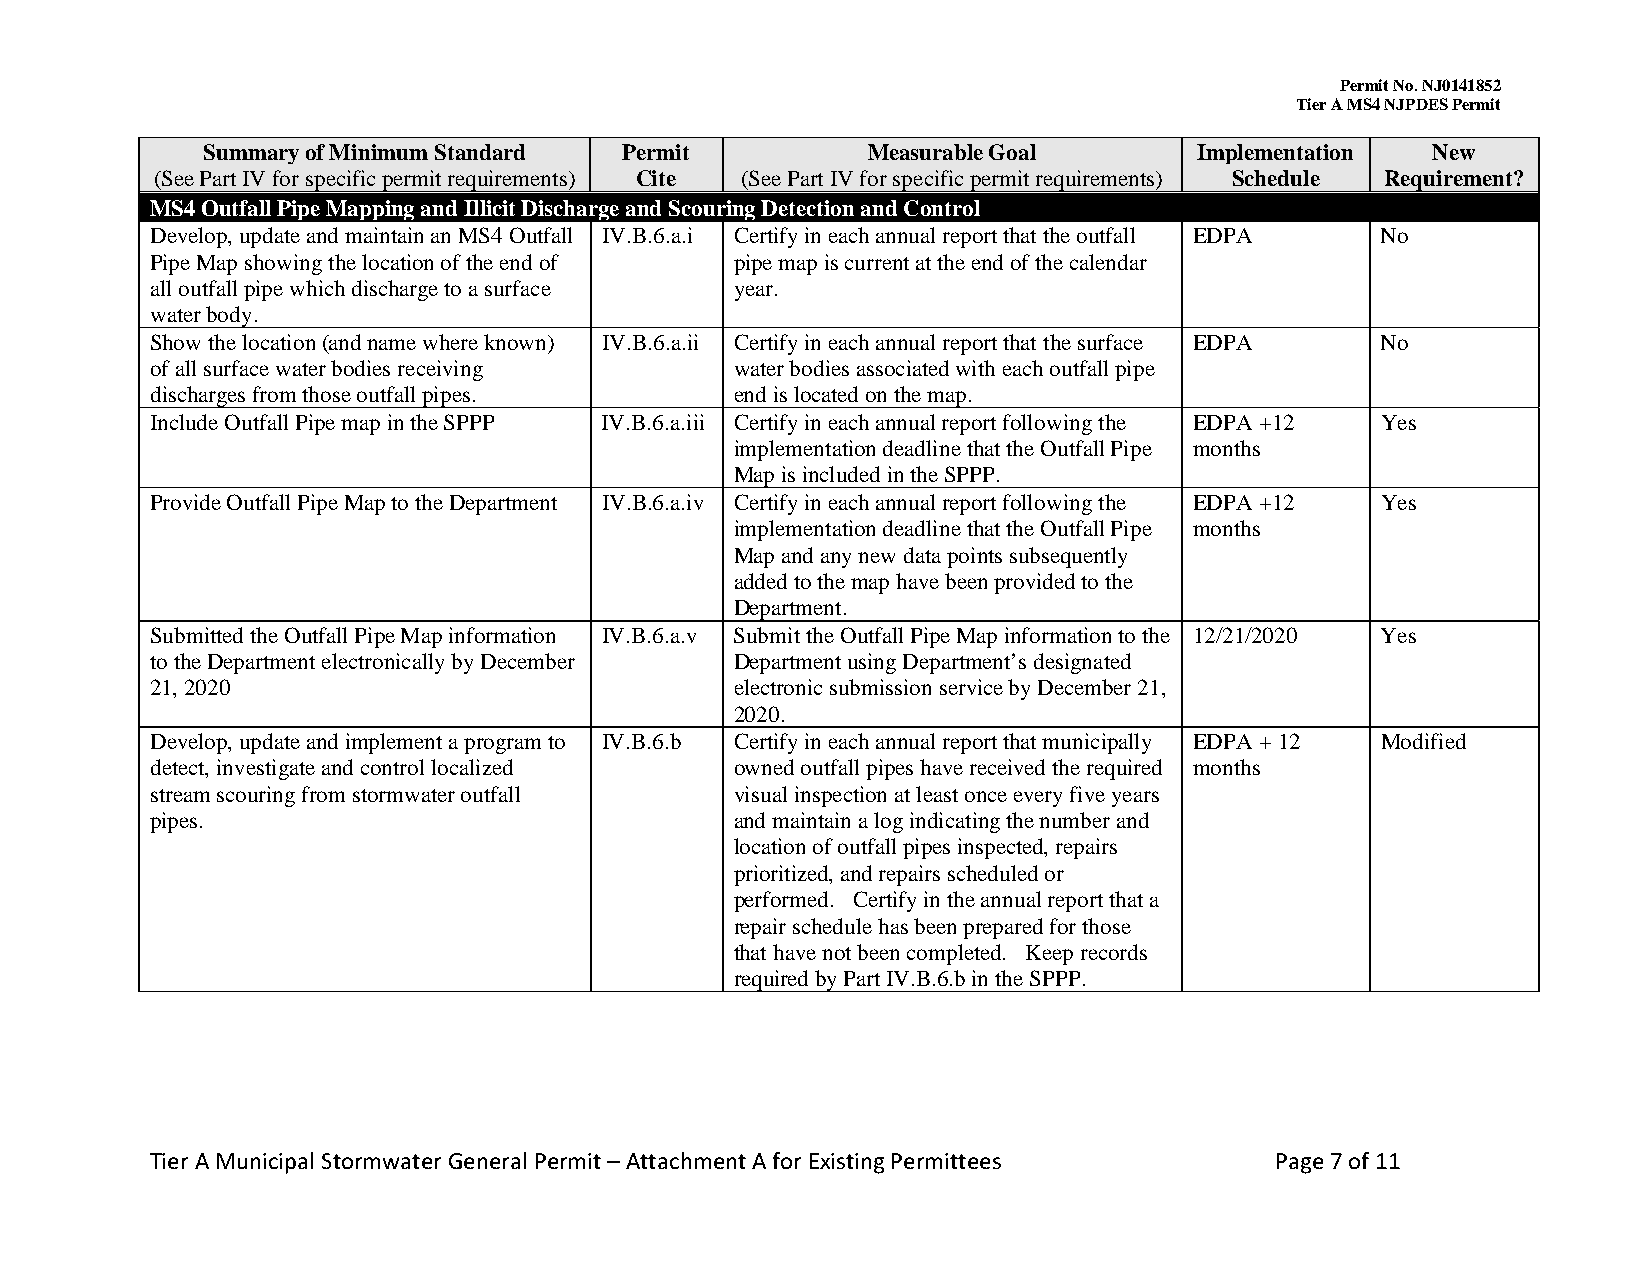
Permit No. NJ0141852
 Tier A MS4 NJPDES Permit
 Summary of Minimum Standard Permit          Measurable Goal       Implementation  New
 (See Part IV for specific permit requirements) Cite (See Part IV for specific permit requirements) Schedule Requirement?
 MS4 Outfall Pipe Mapping and Illicit Discharge and Scouring Detection and Control
 Develop, update and maintain an MS4 Outfall IV.B.6.a.i Certify in each annual report that the outfall EDPA No
 Pipe Map showing the location of the end of pipe map is current at the end of the calendar
 all outfall pipe which discharge to a surface year.
 water body.
 Show the location (and name where known) IV.B.6.a.ii Certify in each annual report that the surface EDPA No
 of all surface water bodies receiving  water bodies associated with each outfall pipe
 discharges from those outfall pipes.   end is located on the map.
 Include Outfall Pipe map in the SPPP IV.B.6.a.iii Certify in each annual report following the EDPA +12 Yes
 implementation deadline that the Outfall Pipe months
 Map is included in the SPPP.
 Provide Outfall Pipe Map to the Department IV.B.6.a.iv Certify in each annual report following the EDPA +12 Yes
 implementation deadline that the Outfall Pipe months
 Map and any new data points subsequently
 added to the map have been provided to the
 Department.
 Submitted the Outfall Pipe Map information IV.B.6.a.v Submit the Outfall Pipe Map information to the 12/21/2020 Yes
 to the Department electronically by December Department using Department’s designated
 21, 2020                               electronic submission service by December 21,
 2020.
 Develop, update and implement a program to IV.B.6.b Certify in each annual report that municipally EDPA + 12 Modified
 detect, investigate and control localized owned outfall pipes have received the required months
 stream scouring from stormwater outfall visual inspection at least once every five years
 pipes.                                 and maintain a log indicating the number and
 location of outfall pipes inspected, repairs
 prioritized, and repairs scheduled or
 performed. Certify in the annual report that a
 repair schedule has been prepared for those
 that have not been completed. Keep records
 required by Part IV.B.6.b in the SPPP.
 Tier A Municipal Stormwater General Permit – Attachment A for Existing Permittees Page 7 of 11